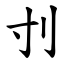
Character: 刌